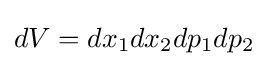
dV=dx_{1}dx_{2}dp_{1}dp_{2}